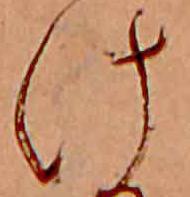
け